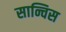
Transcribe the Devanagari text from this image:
सान्चिस